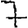
Digit: 7